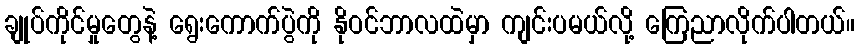
ချုပ်ကိုင်မှုတွေနဲ့ ရွေးကောက်ပွဲကို နိုဝင်ဘာလထဲမှာ ကျင်းပမယ်လို့ ကြေညာလိုက်ပါတယ်။